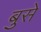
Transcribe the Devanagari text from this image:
बुसे